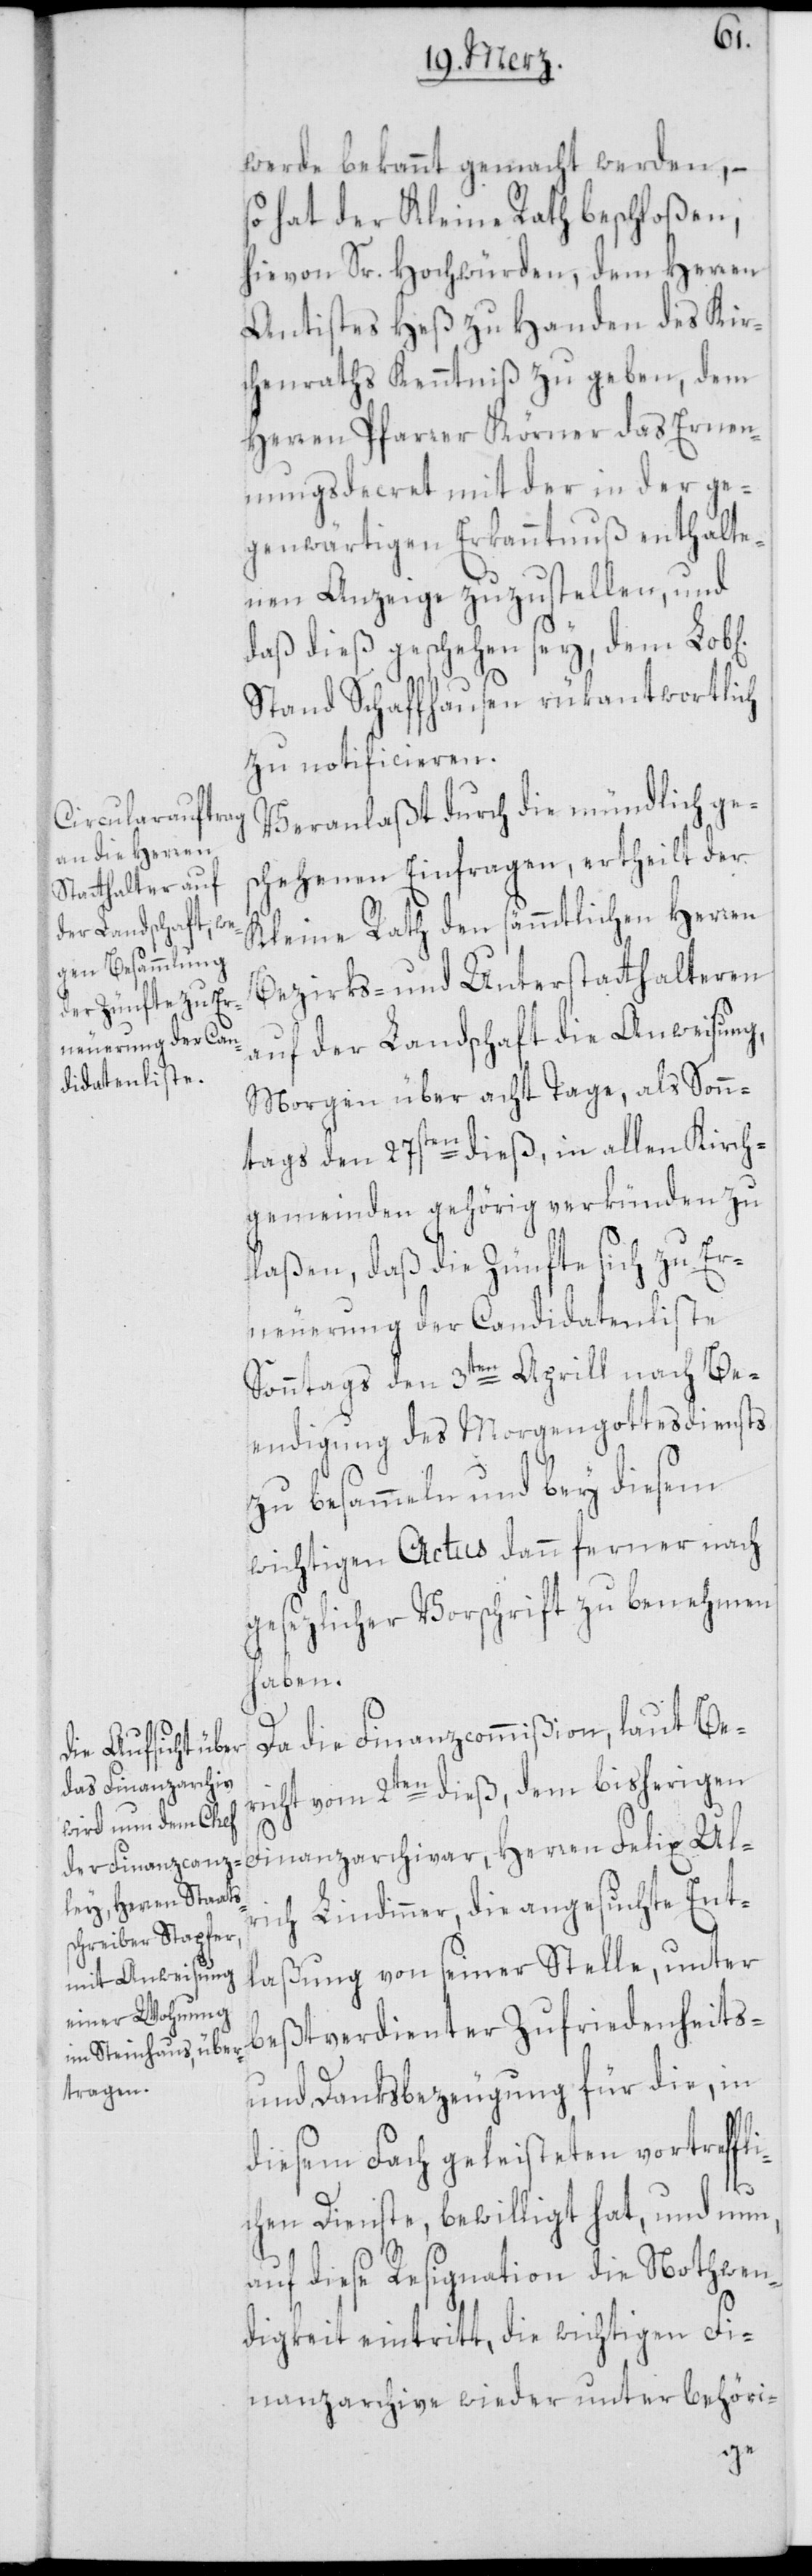
Ul¬
werde bekannt gemacht werden, –
hat der Kleine Rath beschloßen,
hievon Sr. Hochwürden, dem Herren
Antistes Heß zu Handen des Kir¬
chenraths Kenntniß zu geben, dem
Herren Pfarrer Körner das Ernen¬
nungsdecret mit der in der ge¬
genwärtigen Erkanntnuß enthalte¬
nen Anzeige zuzustellen, und
daß dieß geschehen sey, dem Lob[l¬
Stand Schaffhausen rükantwortlich
zu notificieren.
Veranlaßt durch die mündlich ges¬
chehenen Einfragen, ertheilt der
Kleine Rath den sämmtlichen Herren
Bezirks- und Unterstatthalteren
auf der Landschaft die Anweisung,
Morgen über acht Tage, als Sonn¬
tags den 27sten dieß, in allen Kirch¬
gemeinden gehörig verkünden zu
laßen, daß die Zünfte sich zu Er¬
neuerung der Candidatenliste
Sonntags den 3ten Aprill nach Be¬
endigung des Morgengottesdiensts
zu besammeln und bey diesem
wichtigen Actus dann ferner nach
gesezlicher Vorschrift zu benehmen
haben.
ichen]
Da die Finanzcommißion, laut Be¬
richt vom 2ten dieß, dem bisherigen
rich Lindinner, die angesuchte Ent¬
ßung von seiner Stelle, unter
la¬
ßtverdienter Zufriedenheits-
be¬
und Danksbezeugung für die, in
diesem Fach geleisteten vortreffl¬
ichen Dienste, bewilligt hat, und nun,
auf diese Resignation die Nothwen¬
digkeit eintritt, die wichtigen Fi¬
nanzarchive wieder unter behöri-